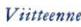
Viitteenne